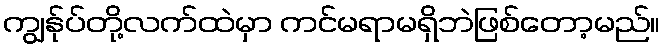
ကျွန်ုပ်တို့လက်ထဲမှာ ကင်မရာမရှိဘဲဖြစ်တော့မည်။